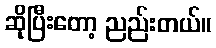
ဆိုပြီးတော့ ညည်းတယ်။